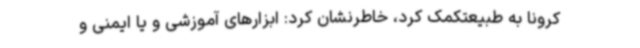
کرونا به طبیعتکمک کرد، خاطرنشان کرد: ابزارهای آموزشی و یا ایمنی و